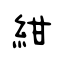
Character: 紺